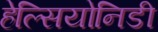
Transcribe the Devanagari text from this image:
हेल्सियोनिडी